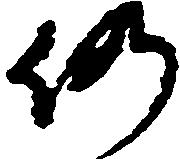
仍